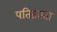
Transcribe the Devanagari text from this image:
पतिव्रतता